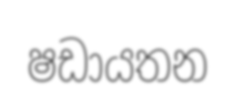
ෂඩායතන